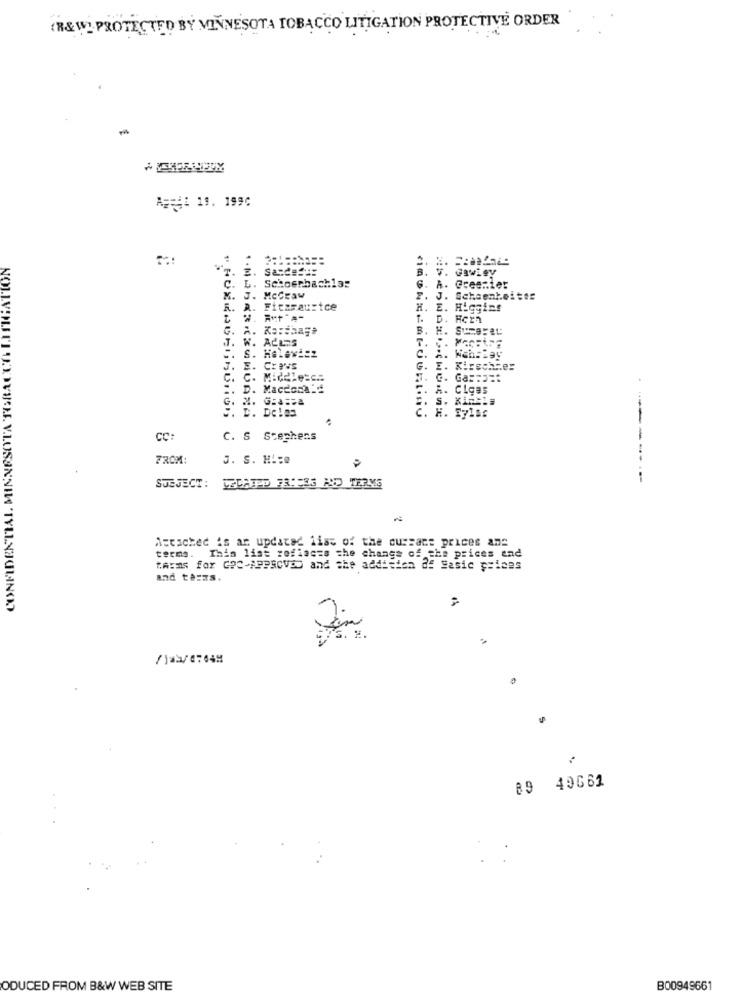
(R&W. PROTECTED BY MINNESOTA TOBACCO LITIGATION PROTECTIVE ORDER
A === 1 19. 1990
2.
B.
Gawigy
C. L. Schoerbachlas
6.
A.
Green1et
NOLL
M. J. MCGRAW
T.
J. Schaenkeltes
R. A. Fitzmaurice
H.
E.
1.
Hern
G. A. Ko :. hage
B.
H.
T. W. ALLES
C.
CONFIDENTIAL MINNESOTA TORAL
J. E.
CreVs
G.
E.
Kirschner
c. Ga ===
. MaccCol-
Class
S. King.s
S. D. DO.83
C .
H. S7166
CC:
C. S Stephens
FROM:
J. S. H .:
SUBJECT:
Acesched is an updated lias of the cursace prices ans
terms. This list rofiaczs the change of the prices and
"Arms for GOC-APPROVED and the addition df Sasic prices
and terms.
/1*3/0764M
5
..
89 49661
ODUCED FROM B&W WEB SITE
B00949661